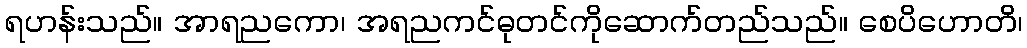
ရဟန်းသည်။ အာရညကော၊ အရညကင်ဓုတင်ကိုဆောက်တည်သည်။ စေပိဟောတိ၊